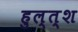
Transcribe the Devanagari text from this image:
हुल्त्श